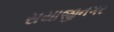
સયાજીનગર